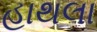
હાથલા